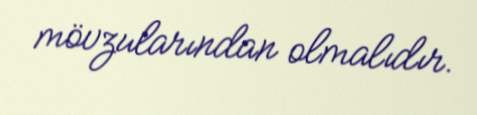
mövzularından olmalıdır.